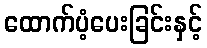
ထောက်ပံ့ပေးခြင်းနှင့်